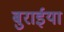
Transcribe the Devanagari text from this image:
बुरार्इया